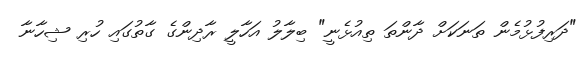
"ދަރިފުޅުމެން ތަނަކަށް ދާންތަ ތިއުޅެނީ" ބިލާލު އަހާލީ ރާދިންގެ ގާތުގައި ހުރި ޝިހާނާ